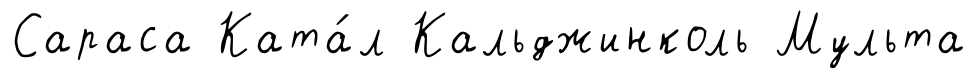
Сараса Ката́л Кальджинколь Мульта